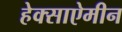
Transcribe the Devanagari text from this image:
हेक्साऐमीन